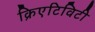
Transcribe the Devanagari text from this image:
क्रिएटिविटी